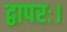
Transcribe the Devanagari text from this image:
द्वापरः।